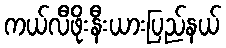
ကယ်လီဖိုးနီးယားပြည်နယ်